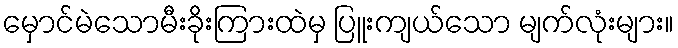
မှောင်မဲသောမီးခိုးကြားထဲမှ ပြူးကျယ်သော မျက်လုံးများ။